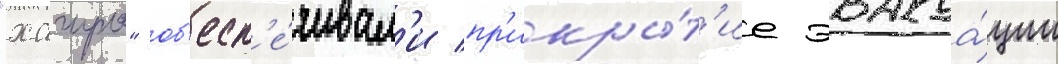
"хагуро" об'есп'е́чивал'и пр'икры́т'ие эвакуа́ции